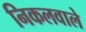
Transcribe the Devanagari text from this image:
निकलवाले